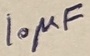
Text: 10µF